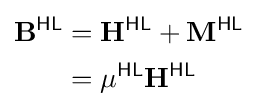
{\begin{aligned}\mathbf {B} ^{\textsf {HL}}&=\mathbf {H} ^{\textsf {HL}}+\mathbf {M} ^{\textsf {HL}}\\&=\mu ^{\textsf {HL}}\mathbf {H} ^{\textsf {HL}}\end{aligned}}